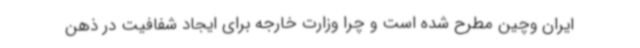
ایران وچین مطرح شده است و چرا وزارت خارجه برای ایجاد شفافیت در ذهن